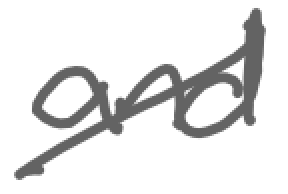
Text: and
Cross-out: diagonal
Writing tool: digital_gray